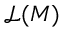
{ \mathcal { L } } ( M )